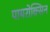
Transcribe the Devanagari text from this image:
पायरोक्सिन